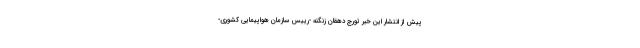
پیش از انتشار این خبر تورج دهقان زنگنه -رییس سازمان هواپیمایی کشوری-